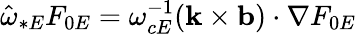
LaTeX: {\hat{\omega}}_{\ast E}F_{0E}=\omega_{cE}^{-1}({\mathbf k}\times{\mathbf b})\cdot\nabla F_{0E}